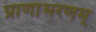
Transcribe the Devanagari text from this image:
प्राणाभरणम्‌